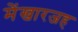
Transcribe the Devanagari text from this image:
मेंखारजह